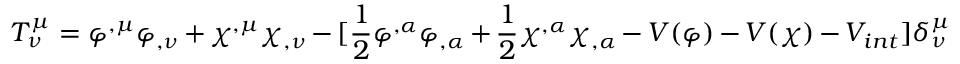
T _ { \nu } ^ { \mu } = \varphi ^ { , \mu } \varphi _ { , \nu } + \chi ^ { , \mu } \chi _ { , \nu } - \lbrack \frac { 1 } { 2 } \varphi ^ { , \alpha } \varphi _ { , \alpha } + \frac { 1 } { 2 } \chi ^ { , \alpha } \chi _ { , \alpha } - V ( \varphi ) - V ( \chi ) - V _ { i n t } \rbrack \delta _ { \nu } ^ { \mu }